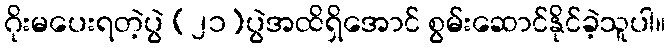
ဂိုးမပေးရတဲ့ပွဲ (၂၁)ပွဲအထိရှိအောင် စွမ်းဆောင်နိုင်ခဲ့သူပါ။